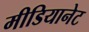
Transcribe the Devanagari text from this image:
मीडियानेट